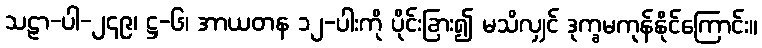
သဠာ-ပါ-၂၄၉၊ ဋ္ဌ-၆၊ အာယတန ၁၂-ပါးကို ပိုင်းခြား၍ မသိလျှင် ဒုက္ခမကုန်နိုင်ကြောင်း။